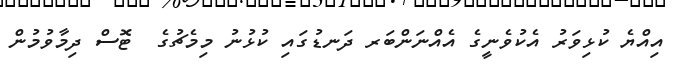
އިއްޔެ ކުޅިވަރު އެކުވެނީގެ އެއްނަންބަރ ދަނޑުގައި ކުޅުނު މިމެޗުގެ  ޓޮސް ދިމާވުމުން